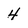
Character: 4